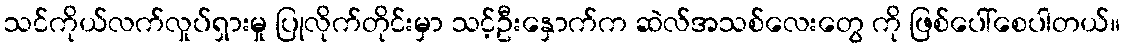
သင်ကိုယ်လက်လှုပ်ရှားမှု ပြုလိုက်တိုင်းမှာ သင့်ဦးနှောက်က ဆဲလ်အသစ်လေးတွေ ကို ဖြစ်ပေါ်စေပါတယ်။